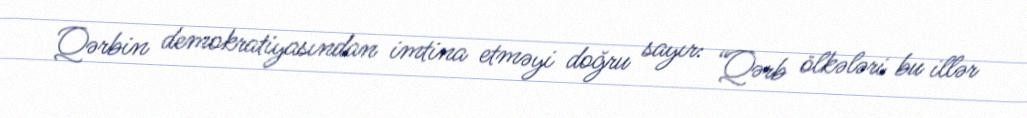
Qərbin demokratiyasından imtina etməyi doğru sayır: “Qərb ölkələri bu illər